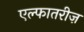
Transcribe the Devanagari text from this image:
एल्फातरीज़